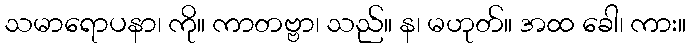
သမာရောပနာ၊ ကို။ ကာတဗ္ဗာ၊ သည်။ န၊ မဟုတ်။ အထ ခေါ၊ ကား။